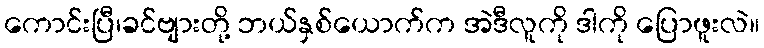
ကောင်းပြီ၊ခင်ဗျားတို့ ဘယ်နှစ်ယောက်က အဲဒီလူကို ဒါကို ပြောဖူးလဲ။